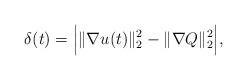
LaTeX: \begin{align*}\delta(t)= \Big| \| \nabla u(t) \|_2^2 - \| \nabla Q \|_2^2 \Big|,\end{align*}